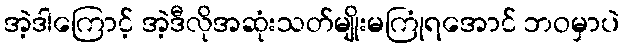
အဲ့ဒါကြောင့် အဲ့ဒီလိုအဆုံးသတ်မျိုးမကြုံရအောင် ဘဝမှာပဲ